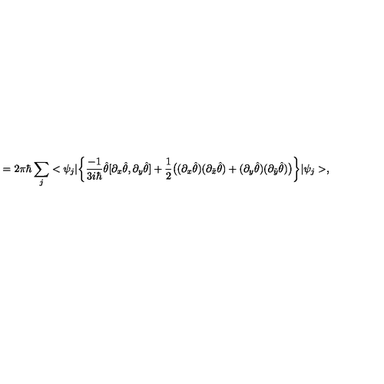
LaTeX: = 2 \pi \hbar \sum _ { j } < \psi _ { j } | \bigg \{ \frac { - 1 } { 3 i \hbar } \hat { \theta } [ \partial _ { x } \hat { \theta } , \partial _ { y } \hat { \theta } ] + \frac { 1 } { 2 } \big ( ( \partial _ { x } \hat { \theta } ) ( \partial _ { \tilde { x } } \hat { \theta } ) + ( \partial _ { y } \hat { \theta } ) ( \partial _ { \tilde { y } } \hat { \theta } ) \big ) \bigg \} | \psi _ { j } > ,